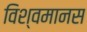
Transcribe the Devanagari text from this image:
विश्वमानस